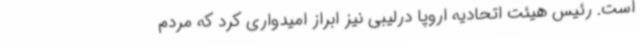
است. رئیس هیئت اتحادیه اروپا درلیبی نیز ابراز امیدواری کرد که مردم